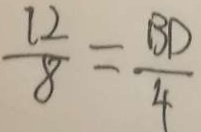
\frac { 1 2 } { 8 } = \frac { B D } { 4 }